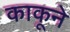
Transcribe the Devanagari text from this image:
काकूने